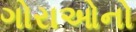
ગોરાઓનો